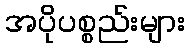
အပိုပစ္စည်းများ